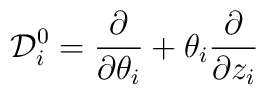
{\cal D}^0_i = {\partial\over \partial \theta_i} +\theta_i {\partial\over \partial z_i}